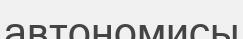
автономисы